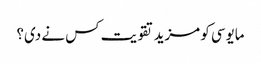
مایوسی کو مزید تقویت کس نے دی؟